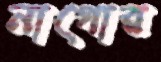
নাগোর